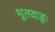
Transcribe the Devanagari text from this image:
भूतवाहः